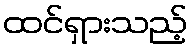
ထင်ရှားသည့်